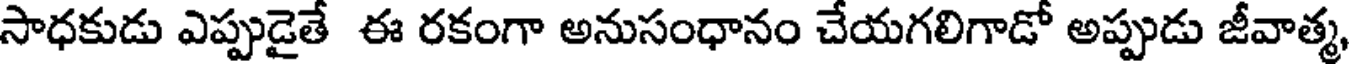
సాధకుడు ఎప్పుడైతే ఈ రకంగా అనుసంధానం చేయగలిగాడో అప్పుడు జీవాత్మ